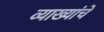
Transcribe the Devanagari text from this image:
व्याख्यांचे